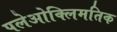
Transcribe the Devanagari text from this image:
पलेओक्लिमतिक